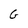
Character: G